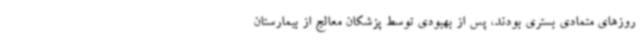
روزهای متمادی بستری بودند، پس از بهبودی توسط پزشکان معالج از بیمارستان